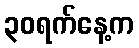
၃၀ရက်နေ့က